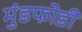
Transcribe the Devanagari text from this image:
मुंडफोडी